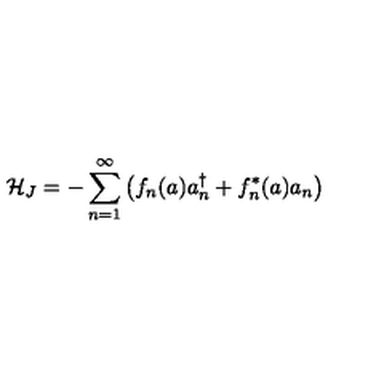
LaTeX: { \cal H } _ { J } = - \sum _ { n = 1 } ^ { \infty } \left( f _ { n } ( a ) a _ { n } ^ { \dagger } + f _ { n } ^ { * } ( a ) a _ { n } \right)